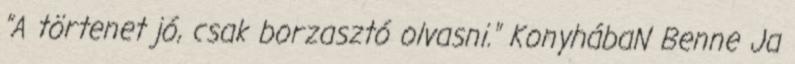
"A törtenet jó, csak borzasztó olvasni." KonyhábaN Benne Ja